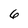
Character: 6